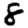
Digit: 8